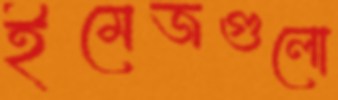
ইমেজগুলো